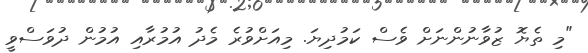
"މި ތެޔޮ ޒުވާނުންނަށް ވެސް ކަމުދިޔަ. މިއަށްވުރެ މެދު އުމުރާއި އުމުން ދުވަސްވީ